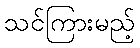
သင်ကြားမည့်